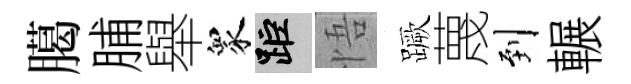
臈脯舉衆距悟蹶蔑到輾